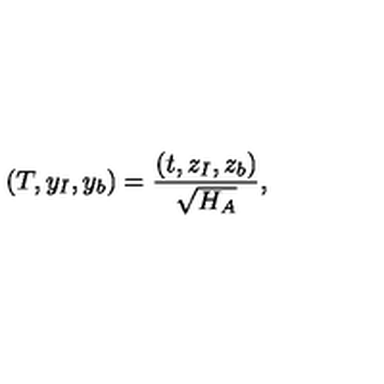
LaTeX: ( T , { { y } } _ { I } , { { y } } _ { b } ) = { \frac { ( t , { { z } } _ { I } , { { z } } _ { b } ) } { \sqrt { H _ { A } } } } ,